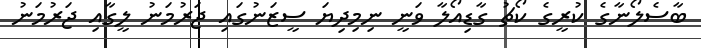
ބާސެލޯނާގެ ކުރީގެ ކޯޗު ގާޑިއޯލާ ވަނީ ނިމިދިޔަ ސީޒަނުގައި ޖަރުމަނު ލީގާއި ޖަރުމަނު